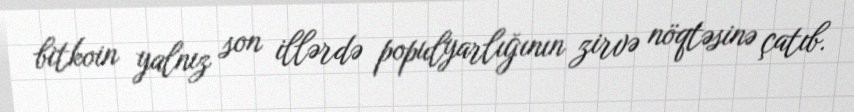
bitkoin yalnız son illərdə populyarlığının zirvə nöqtəsinə çatıb.